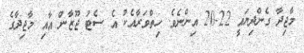
މާޖިދާ ގެންދިޔައީ 22-20 އިންނެވެ. ހިތްވަރާއެކު އެ ސެޓު ޖޫޒާން އާއި މާޖިދާގެ